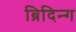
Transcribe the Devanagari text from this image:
ब्रिदिन्ग